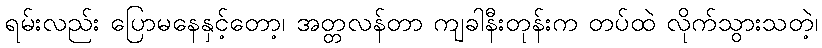
ရမ်းလည်း ပြောမနေနှင့်တော့၊ အတ္တလန်တာ ကျခါနီးတုန်းက တပ်ထဲ လိုက်သွားသတဲ့၊